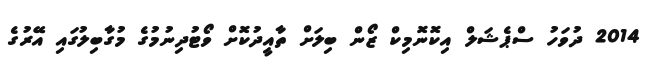
2014 ދުވަހު ސްޕެޝަލް އިކޮނޮމިކް ޒޯން ބިލަށް ތާއީދުކޮށް ވޯޓުދިނުމުގެ މުގާބިލުގައި އޭރުގެ